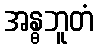
အန္ဓဘူတံ